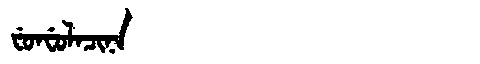
Manchu: ᠸᡠᠨᠸᡠᠯᠠᠴᡳᠨᠠ
Romanization: FUNFULACINA